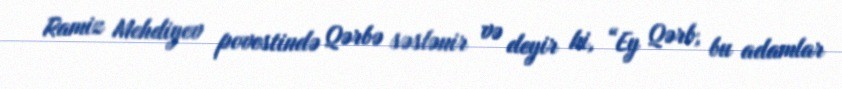
Ramiz Mehdiyev povestində Qərbə səslənir və deyir ki, “Ey Qərb, bu adamlar